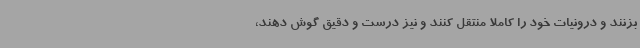
بزنند و درونیات خود را کاملا منتقل کنند و نیز درست و دقیق گوش دهند،